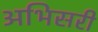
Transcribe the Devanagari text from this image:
अभिसरी